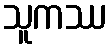
သူကဿ